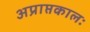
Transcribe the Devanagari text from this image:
अप्राप्तकालः